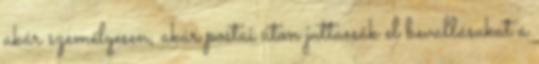
akár személyesen, akár postai úton juttassák el bevallásukat a